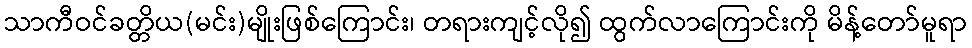
သာကီဝင်ခတ္တိယ(မင်း)မျိုးဖြစ်ကြောင်း၊ တရားကျင့်လို၍ ထွက်လာကြောင်းကို မိန့်တော်မူရာ